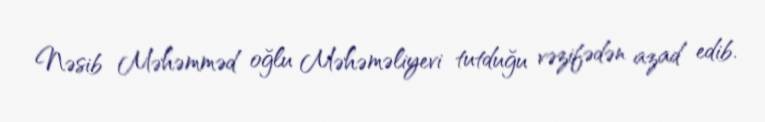
Nəsib Məhəmməd oğlu Məhəməliyevi tutduğu vəzifədən azad edib.